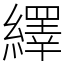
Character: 繹